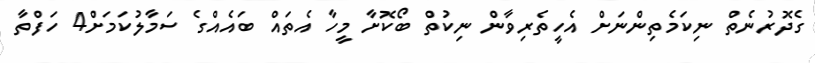
ގެދޮރުނެތް ނިކަމެތިންނަށް އެހީތެރިވާން ނިކުތް ބޯކޮށާ މީހާ އެތައް ބައެއްގެ ސަމާލުކަމަށް4 ހަފްތާ